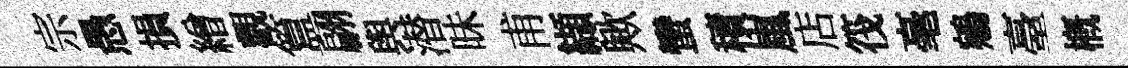
宗愚損繒觀簋翩舆潜昧甫纈歟蠻積嵐店筏毫鵷臺槪